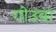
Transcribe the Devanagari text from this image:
गोउबा